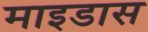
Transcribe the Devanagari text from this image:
माइडास